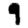
Digit: 9